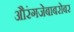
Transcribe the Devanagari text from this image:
औरंगजेबाबरोबर